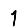
Digit: 1